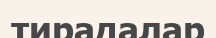
тирадалар